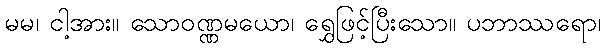
မမ၊ ငါ့အား။ သောဝဏ္ဏမယော၊ ရွှေဖြင့်ပြီးသော။ ပဘာဿရော၊